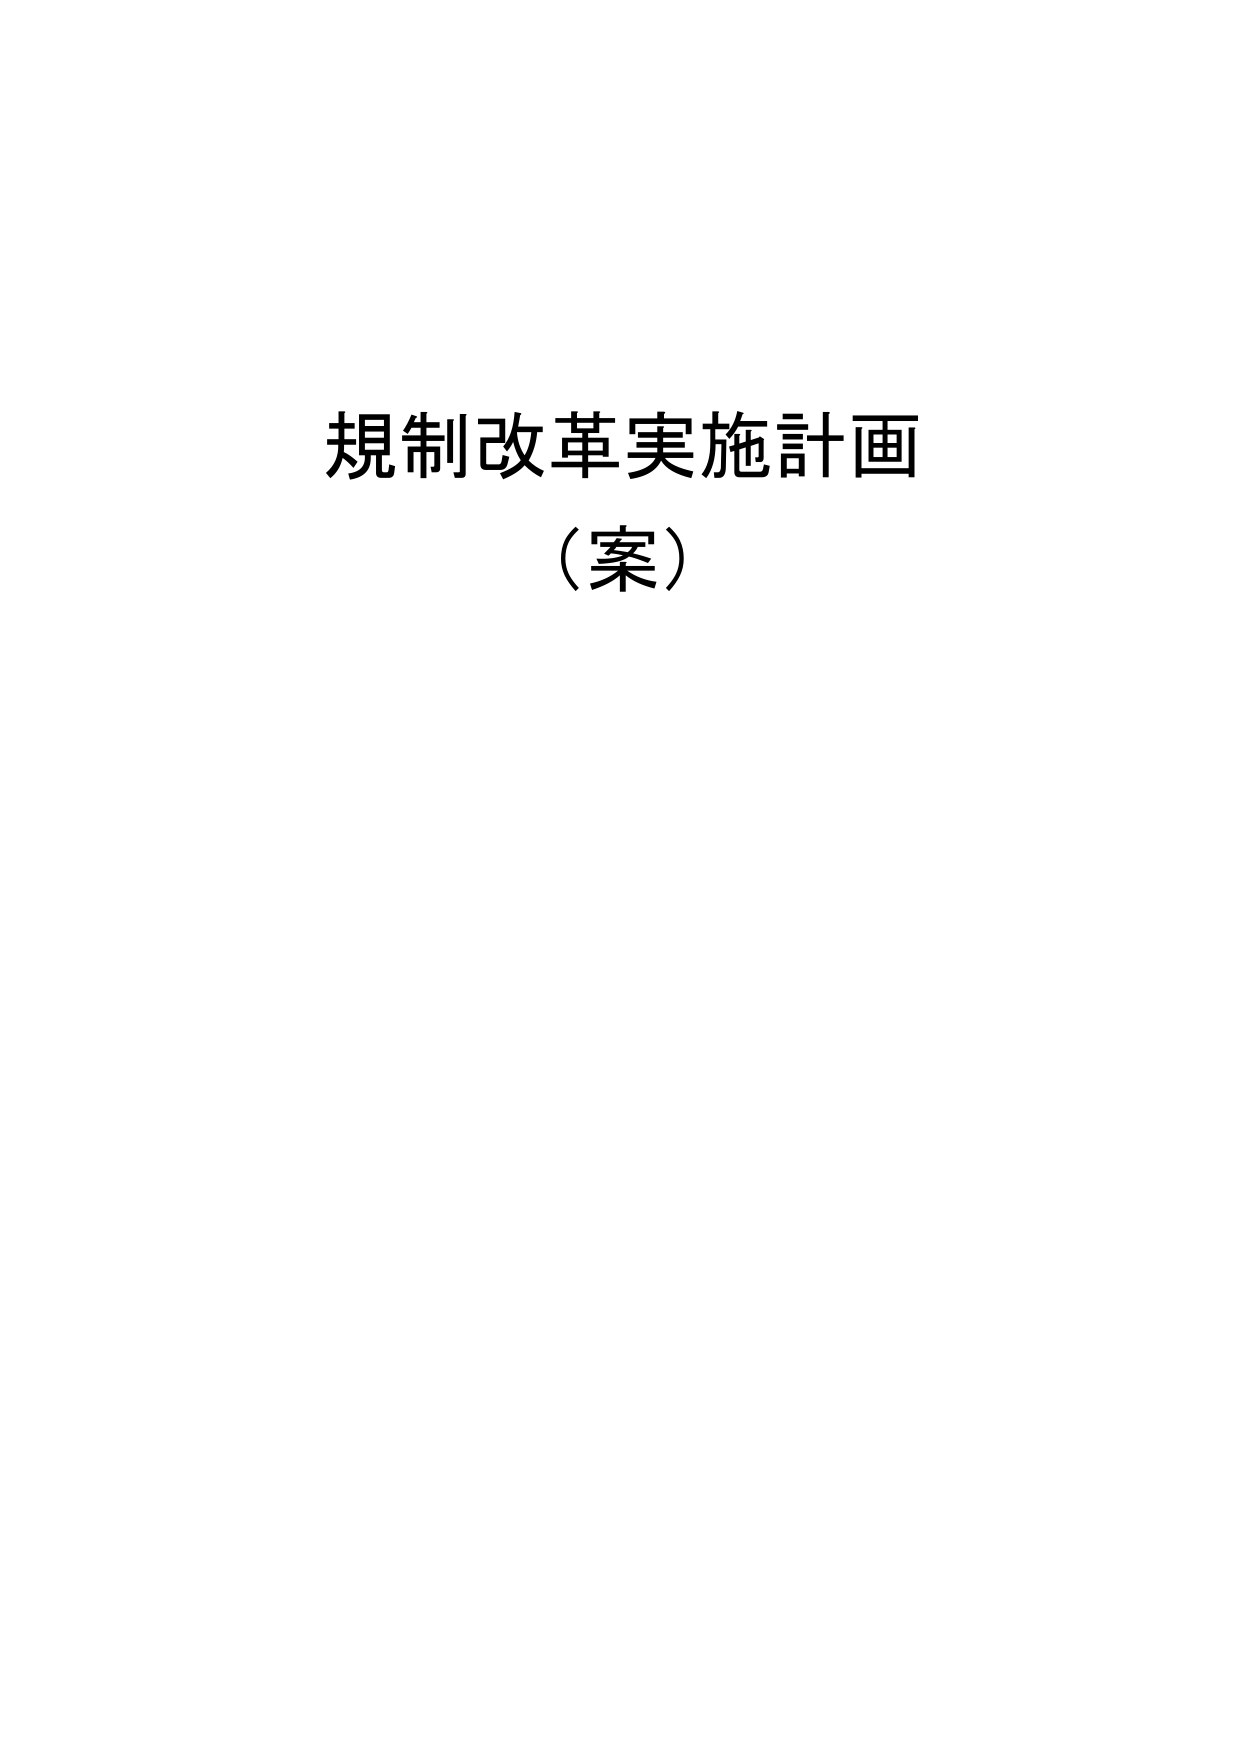
規制改革実施計画
（案）